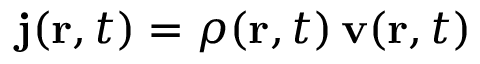
\mathbf { j } ( \mathbf { r } , t ) = \rho ( \mathbf { r } , t ) \, \mathbf { v } ( \mathbf { r } , t )